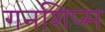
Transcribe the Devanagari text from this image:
गनशिप्स